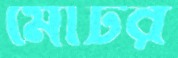
মোটর